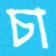
চা